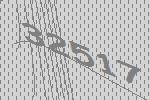
32517